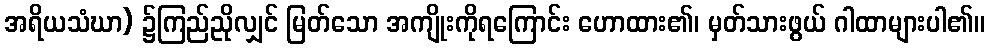
အရိယသံဃာ) ၌ကြည်ညိုလျှင် မြတ်သော အကျိုးကိုရကြောင်း ဟောထား၏၊ မှတ်သားဖွယ် ဂါထာများပါ၏။